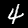
Label: 4